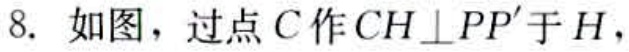
8. 如图，过点\(C\)作\(CH\perp PP'\)于\(H\)，